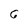
Character: 6